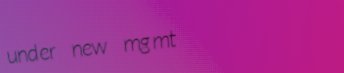
under new mgmt